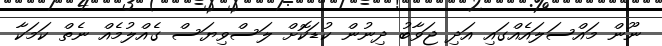
ނޫން މައްސަލައެއްގައި އަދި ޖަވާބު ދިނުން ކުޑަކޮށް ލަސްވިޔަސް ގެއްލުމެއް ނެތް ކަމަކާ